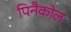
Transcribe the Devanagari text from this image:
पिनैकोल